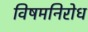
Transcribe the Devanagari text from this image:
विषमनिरोध